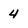
Character: 4